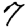
Digit: 7